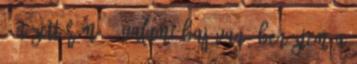
- nézett rám. - Valami baj van? Benéztem a